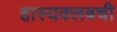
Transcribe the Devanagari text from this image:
हास्यक्लबची